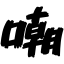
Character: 嘲